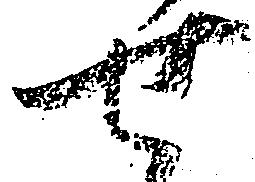
せ